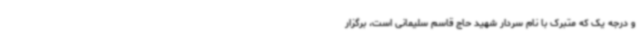
و درجه یک که متبرک با نام سردار شهید حاج قاسم سلیمانی است، برگزار